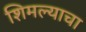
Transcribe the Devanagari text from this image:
शिमल्याचा